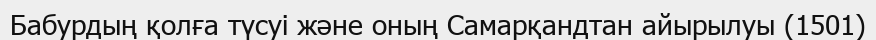
Бабурдың қолға түсуі және оның Самарқандтан айырылуы (1501)